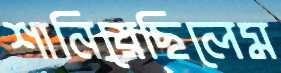
শানিয়েছিলেম